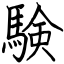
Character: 験